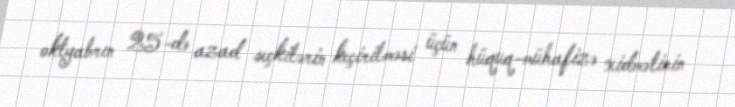
oktyabrın 25-də azad seçkilərin keçirilməsi üçün hüquq-mühafizə xidmətinin